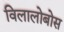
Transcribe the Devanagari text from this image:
विलालोबोस